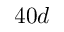
4 0 d